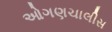
ઓગણચાલીસ